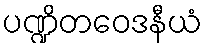
ပဏ္ဍိတဝေဒနီယံ